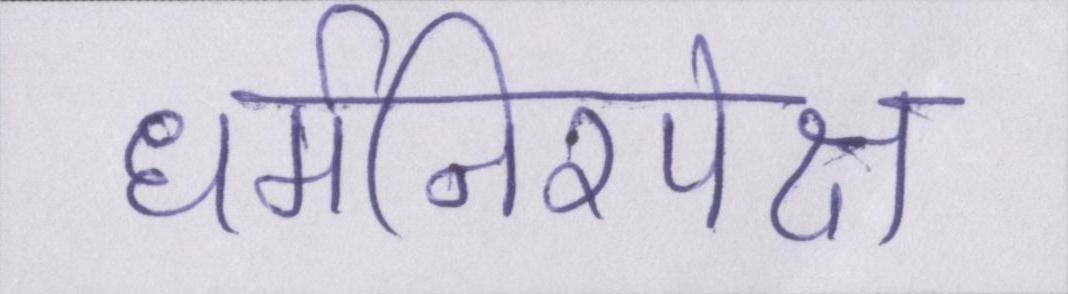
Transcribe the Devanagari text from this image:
धर्मनिरपेक्ष